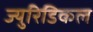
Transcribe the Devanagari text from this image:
ज्युरिडिकल